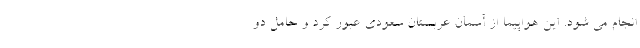
انجام می شود. این هواپیما از آسمان عربستان سعودی عبور کرد و حامل دو